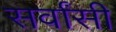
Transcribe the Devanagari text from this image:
सर्वांसी